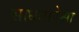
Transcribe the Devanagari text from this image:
साधनांपेक्षा